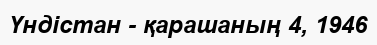
Үндістан - қарашаның 4, 1946